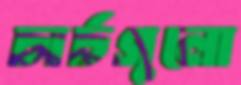
চার্চগুলো